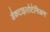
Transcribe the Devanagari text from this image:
डैकटाइलोटेनिअम